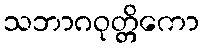
သဘာဂဝုတ္တိကော